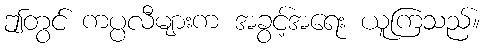
ဤတွင် ကပ္ပလီများက အခွင့်အရေး ယူကြသည်။